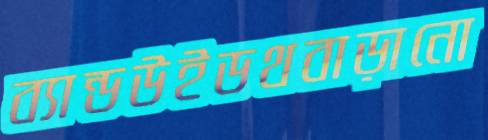
ব্যান্ডউইডথবাড়ানো